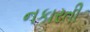
નકારતી